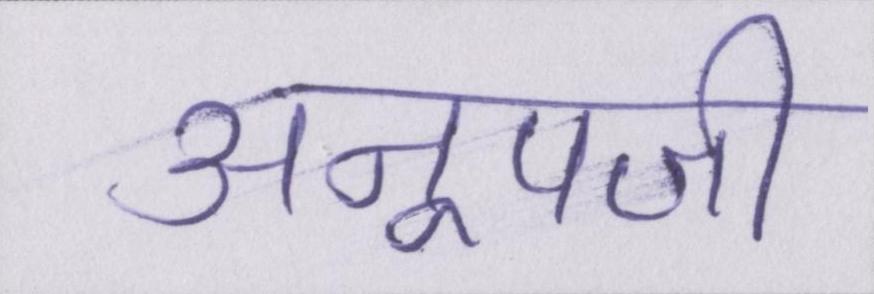
अनूपजी